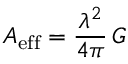
A _ { \mathrm { e f f } } = { \frac { \lambda ^ { 2 } } { 4 \pi } } \, G